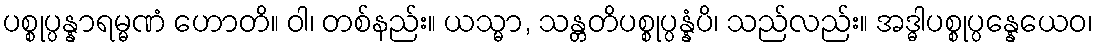
ပစ္စုပ္ပန္နာရမ္မဏံ ဟောတိ။ ဝါ၊ တစ်နည်း။ ယသ္မာ, သန္တတိပစ္စုပ္ပန္နံပိ၊ သည်လည်း။ အဒ္ဓါပစ္စုပ္ပန္နေယေဝ၊